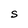
Character: S